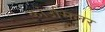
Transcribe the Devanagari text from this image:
कांउसिलर